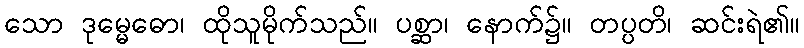
သော ဒုမ္မေဓော၊ ထိုသူမိုက်သည်။ ပစ္ဆာ၊ နောက်၌။ တပ္ပတိ၊ ဆင်းရဲ၏။